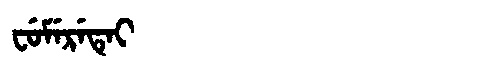
Manchu: ᠸᡠᠮᡝᡵᡝᡨᡝᡳ
Romanization: FUMERETEI